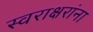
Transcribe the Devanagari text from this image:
स्वराक्षरांना